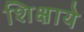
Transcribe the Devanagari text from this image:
शिक्षाये